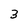
Character: 3